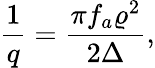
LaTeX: \frac{1}{q}=\frac{\pi f_{a}\varrho^{2}}{2\Delta},